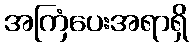
အကြံပေးအရာရှိ